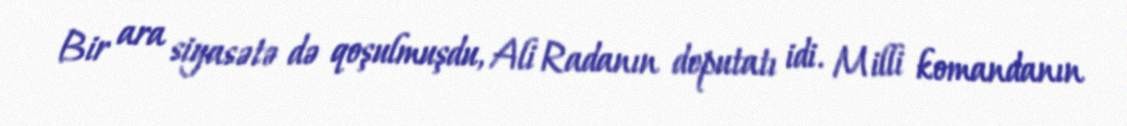
Bir ara siyasətə də qoşulmuşdu, Ali Radanın deputatı idi. Milli komandanın